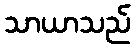
သာယာသည်